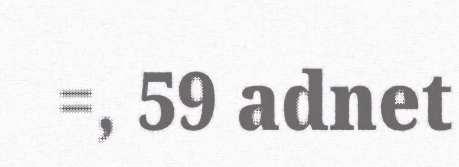
=, 59 adnet